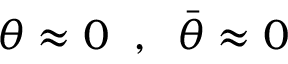
\theta \approx 0 \; \; , \; \; \bar { \theta } \approx 0